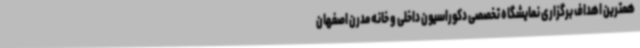
همترین اهداف برگزاری نمایشگاه تخصصی دکوراسیون داخلی و خانه مدرن اصفهان